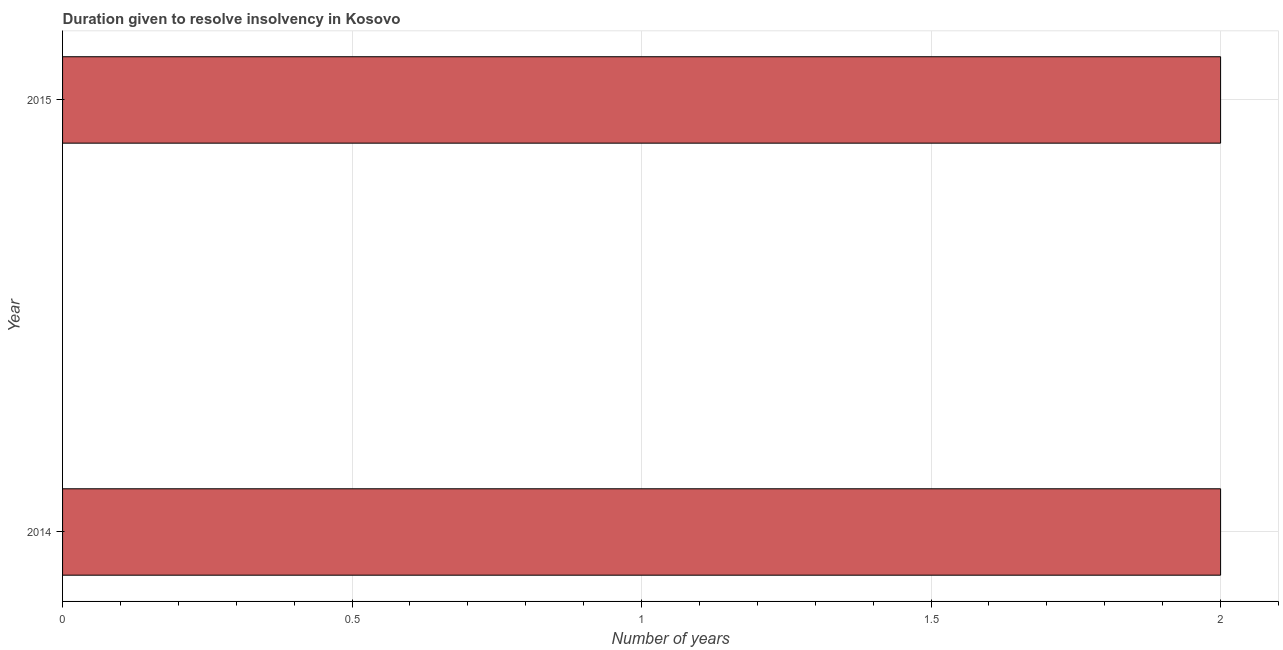
| Year | Resolve insolvency |
 | --- | --- |
 | 2014 | 2 |
 | 2015 | 2 |